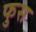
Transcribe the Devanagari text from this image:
फुस